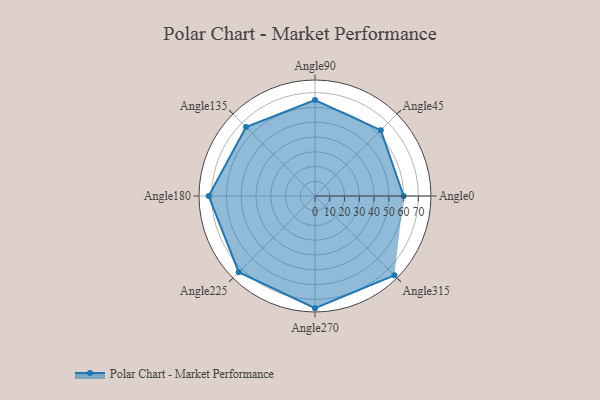
{"axis": {"x": "Angle", "y": "Radius"}, "legend": [""], "data": [{"x": "Angle0", "y": 60.0, "type": ""}, {"x": "Angle45", "y": 63.0, "type": ""}, {"x": "Angle90", "y": 65.0, "type": ""}, {"x": "Angle135", "y": 66.0, "type": ""}, {"x": "Angle180", "y": 72.0, "type": ""}, {"x": "Angle225", "y": 73.0, "type": ""}, {"x": "Angle270", "y": 76.0, "type": ""}, {"x": "Angle315", "y": 76.0, "type": ""}]}